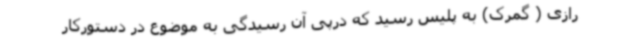
رازی ( گمرک) به پلیس رسید که درپی آن رسیدگی به موضوع در دستورکار